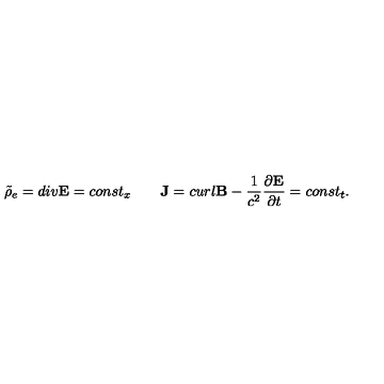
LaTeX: \tilde { \rho } _ { e } = d i v { \bf E } = c o n s t _ { x } \qquad { \bf J } = c u r l { \bf B } - { \frac { 1 } { c ^ { 2 } } } { \frac { \partial { \bf E } } { \partial t } } = c o n s t _ { t } .